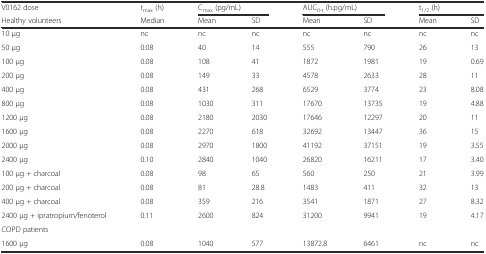
<table><thead><tr><td><b>V0162 dose</b></td><td><b>t<sub>max</sub> (h)</b></td><td colspan="2"><b>C<sub>max</sub> (pg/mL)</b></td><td colspan="2"><b>AUC<sub>0-t</sub> (h.pg/mL)</b></td><td colspan="2"><b>t<sub>1/2</sub> (h)</b></td></tr><tr><td><b>Healthy volunteers</b></td><td><b>Median</b></td><td><b>Mean</b></td><td><b>SD</b></td><td><b>Mean</b></td><td><b>SD</b></td><td><b>Mean</b></td><td><b>SD</b></td></tr></thead><tbody><tr><td>10 μg</td><td>nc</td><td>nc</td><td>nc</td><td>nc</td><td>nc</td><td>nc</td><td>nc</td></tr><tr><td>50 μg</td><td>0.08</td><td>40</td><td>14</td><td>555</td><td>790</td><td>26</td><td>13</td></tr><tr><td>100 μg</td><td>0.08</td><td>108</td><td>41</td><td>1872</td><td>1981</td><td>19</td><td>0.69</td></tr><tr><td>200 μg</td><td>0.08</td><td>149</td><td>33</td><td>4578</td><td>2633</td><td>28</td><td>11</td></tr><tr><td>400 μg</td><td>0.08</td><td>431</td><td>268</td><td>6529</td><td>3774</td><td>23</td><td>8.08</td></tr><tr><td>800 μg</td><td>0.08</td><td>1030</td><td>311</td><td>17670</td><td>13735</td><td>19</td><td>4.88</td></tr><tr><td>1200 μg</td><td>0.08</td><td>2180</td><td>2030</td><td>17646</td><td>12297</td><td>20</td><td>11</td></tr><tr><td>1600 μg</td><td>0.08</td><td>2270</td><td>618</td><td>32692</td><td>13447</td><td>36</td><td>15</td></tr><tr><td>2000 μg</td><td>0.08</td><td>2970</td><td>1800</td><td>41192</td><td>37151</td><td>19</td><td>3.55</td></tr><tr><td>2400 μg</td><td>0.10</td><td>2840</td><td>1040</td><td>26820</td><td>16211</td><td>17</td><td>3.40</td></tr><tr><td>100 μg + charcoal</td><td>0.08</td><td>98</td><td>65</td><td>560</td><td>250</td><td>21</td><td>3.99</td></tr><tr><td>200 μg + charcoal</td><td>0.08</td><td>81</td><td>28.8</td><td>1483</td><td>411</td><td>32</td><td>13</td></tr><tr><td>400 μg + charcoal</td><td>0.08</td><td>359</td><td>216</td><td>3541</td><td>1871</td><td>27</td><td>8.32</td></tr><tr><td>2400 μg + ipratropium/fenoterol</td><td>0.11</td><td>2600</td><td>824</td><td>31200</td><td>9941</td><td>19</td><td>4.17</td></tr><tr><td>COPD patients</td><td></td><td></td><td></td><td></td><td></td><td></td><td></td></tr><tr><td>1600 μg</td><td>0.08</td><td>1040</td><td>577</td><td>13872.8</td><td>6461</td><td>nc</td><td>nc</td></tr></tbody></table>